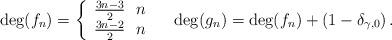
LaTeX: \begin{align*}\deg(f_n)=\left\{\begin{array}{l}\frac{3n-3}{2}\,\,\,\, n \,\,\\\frac{3n-2}{2}\,\,\,\, n \,\,\end{array}\right.\,\,\,\,\deg(g_n)=\deg(f_n)+(1-\delta_{\gamma,0})\,.\end{align*}